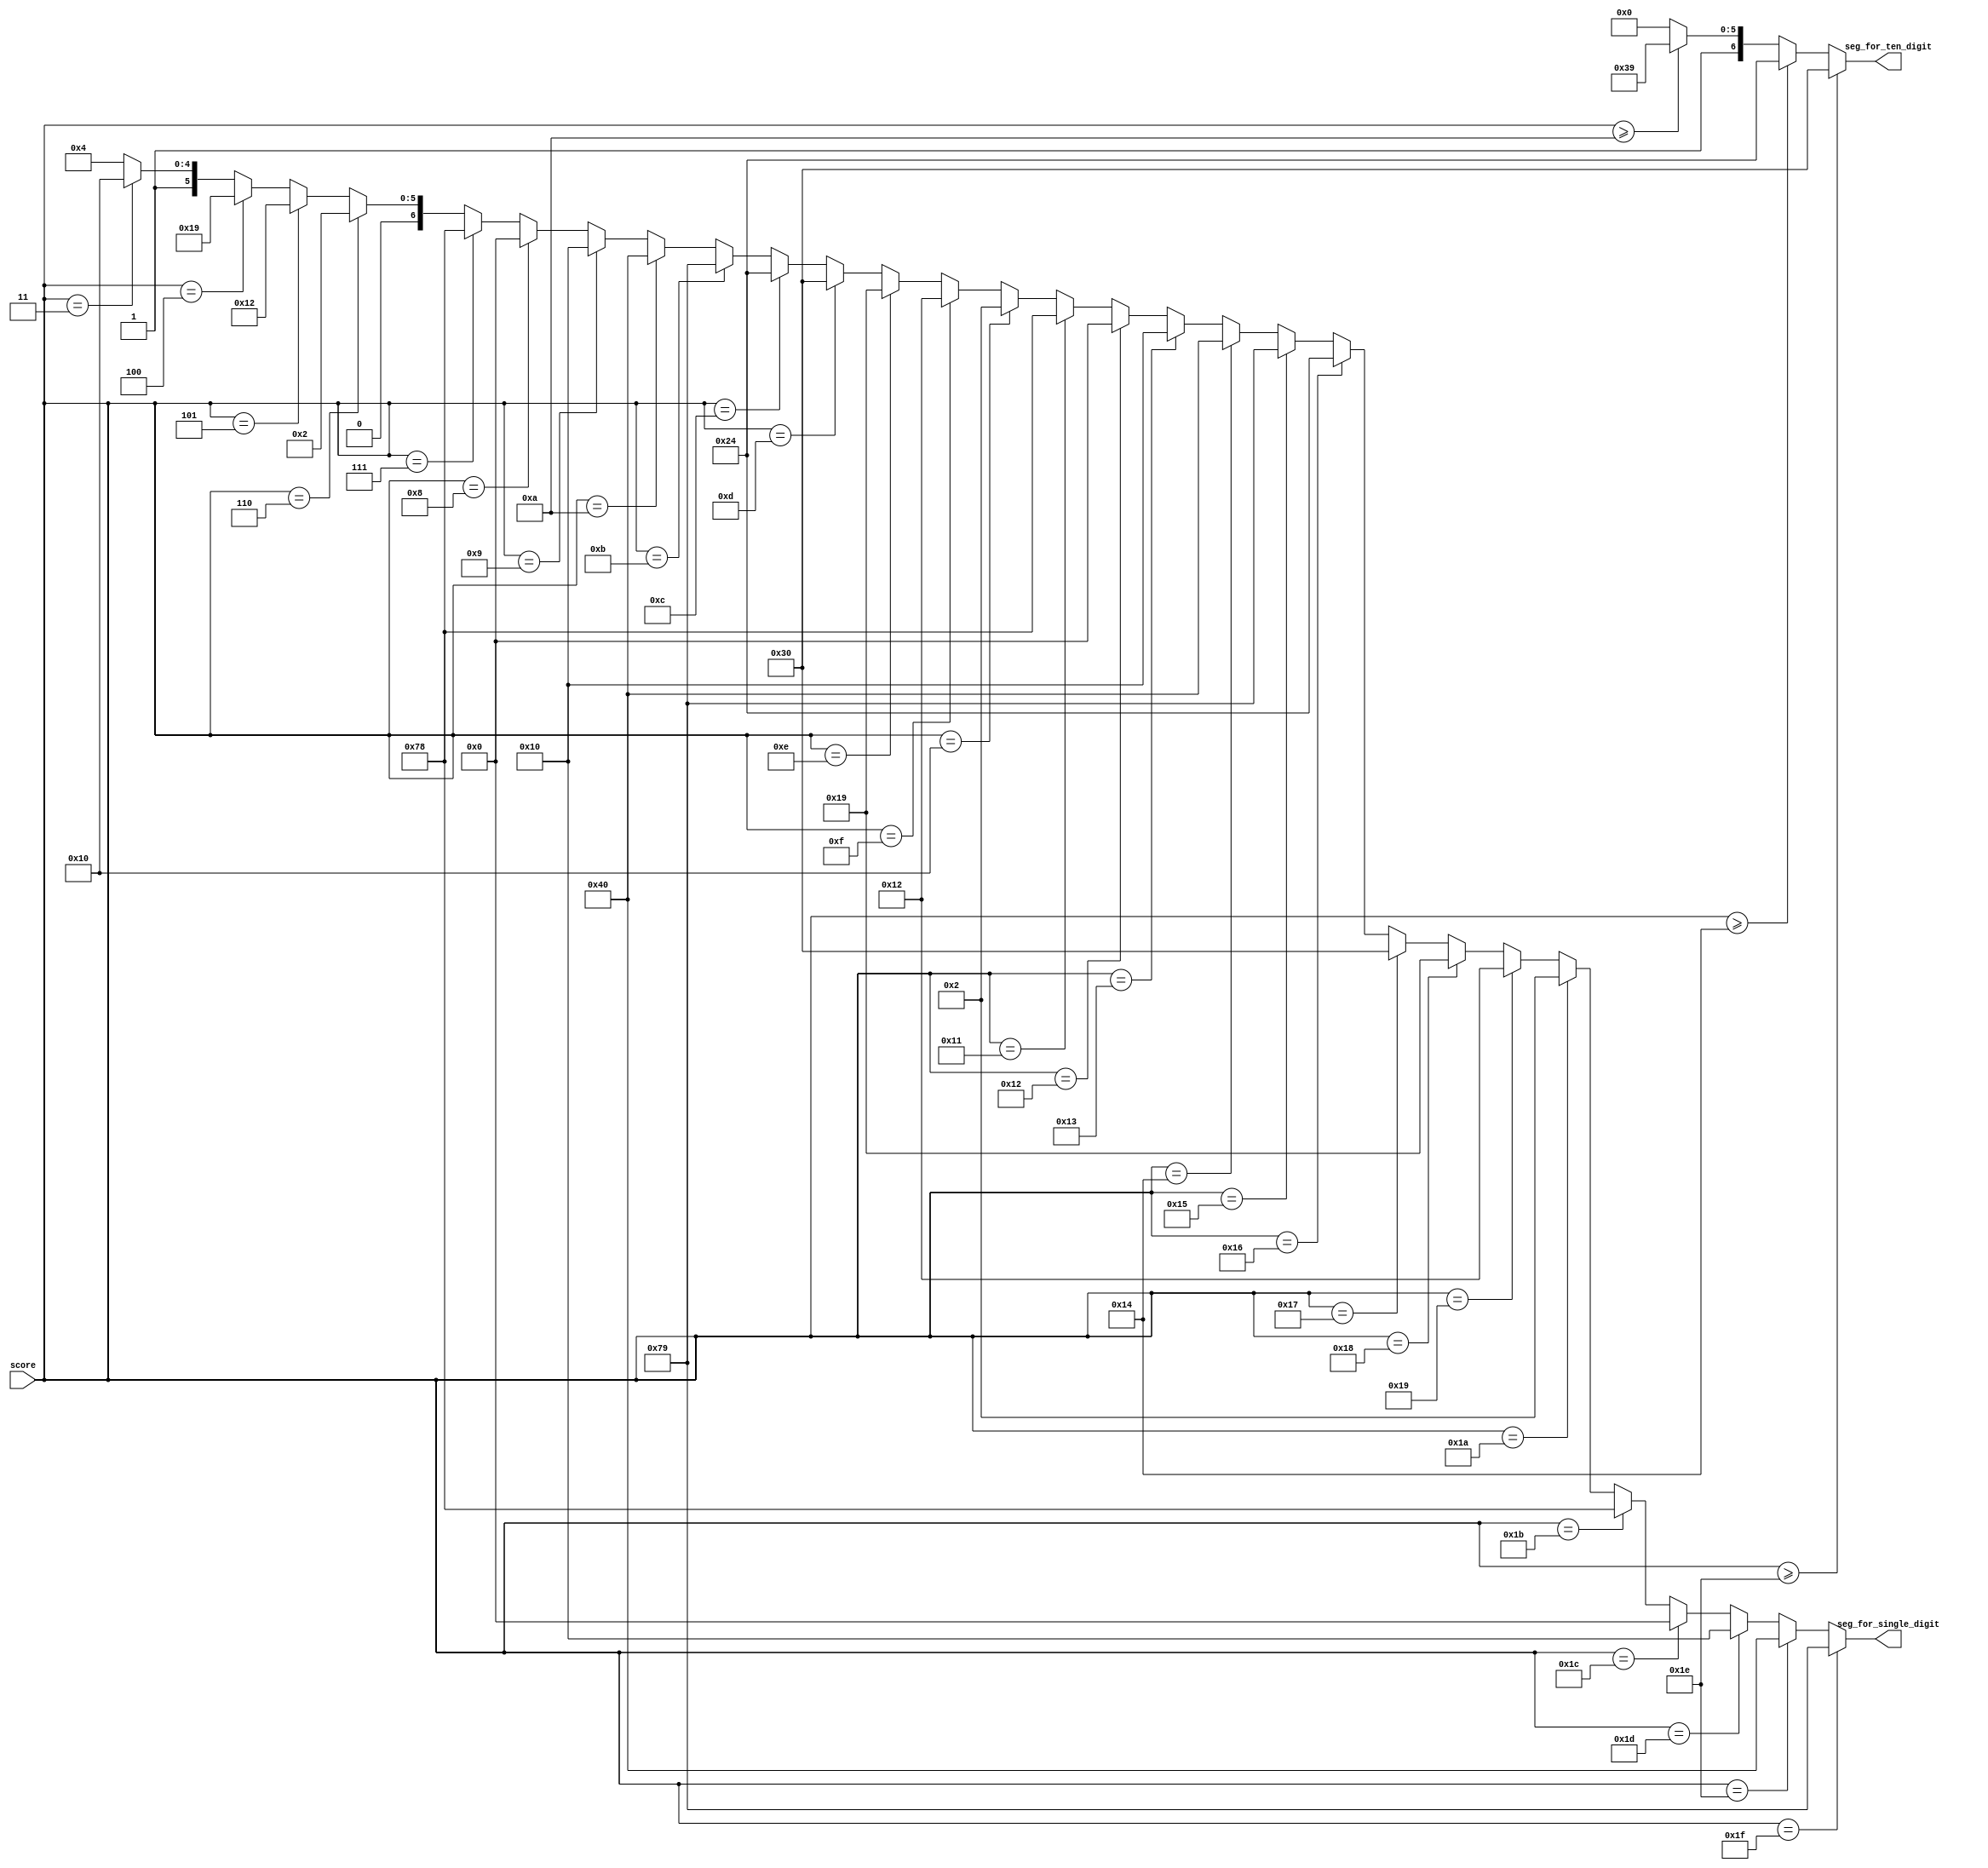
`timescale 1ns / 1ps
//////////////////////////////////////////////////////////////////////////////////
// Company: 
// Engineer: 
// 
// Design Name: 
// Module Name: snake_score_display
// Project Name: 
// Target Devices: 
// Tool Versions: 
// Description: 
// 
// Dependencies: 
// 
// Revision:
// Revision 0.01 - File Created
// Additional Comments:
// 
//////////////////////////////////////////////////////////////////////////////////



module snake_score_display(
input [5:0] score,
output [6:0] seg_for_single_digit,
output [6:0] seg_for_ten_digit
    );


assign seg_for_single_digit = (score == 31) ? 7'b1111001 :
                    (score == 30) ? 7'b1000000 :
                    (score == 29) ? 7'b0010000 : 
                    (score == 28) ? 7'b0000000 :
                    (score == 27) ? 7'b1111000 :
                    (score == 26) ? 7'b0000010 :
                    (score == 25) ? 7'b0010010 : 
                    (score == 24) ? 7'b0011001 :
                    (score == 23) ? 7'b0110000 :
                    (score == 22) ? 7'b0100100 : 
                    (score == 21) ? 7'b1111001 :
                    (score == 20) ? 7'b1000000 :
                    (score == 19) ? 7'b0010000 : 
                    (score == 18) ? 7'b0000000 :
                    (score == 17) ? 7'b1111000 :
                    (score == 16) ? 7'b0000010 :
                    (score == 15) ? 7'b0010010 : 
                    (score == 14) ? 7'b0011001 :
                    (score == 13) ? 7'b0110000 :
                    (score == 12) ? 7'b0100100 : 
                    (score == 11) ? 7'b1111001 :
                    (score == 10) ? 7'b1000000 :
                    (score == 9) ? 7'b0010000 : 
                    (score == 8) ? 7'b0000000 :
                    (score == 7) ? 7'b1111000 :
                    (score == 6) ? 7'b0000010 :
                    (score == 5) ? 7'b0010010 : 
                    (score == 4) ? 7'b0011001 :
                    (score == 3) ? 7'b0110000 :
                    7'b0100100;
  
  assign seg_for_ten_digit = (score >= 30) ? 7'b0110000 :
                                        (score >= 20) ? 7'b0100100 :
                                        (score >= 10) ? 7'b1111001 :
                                        7'b1000000;
  
    
endmodule